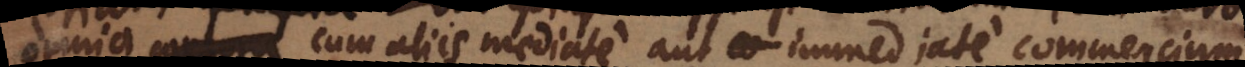
corpora cum aliis mediate aut immediate commercium